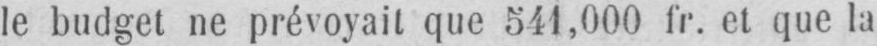
le budget ne prévoyait que 541,000 fr. et que la